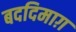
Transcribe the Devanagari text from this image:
बददिमाग़